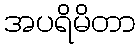
အပရိမိတာ